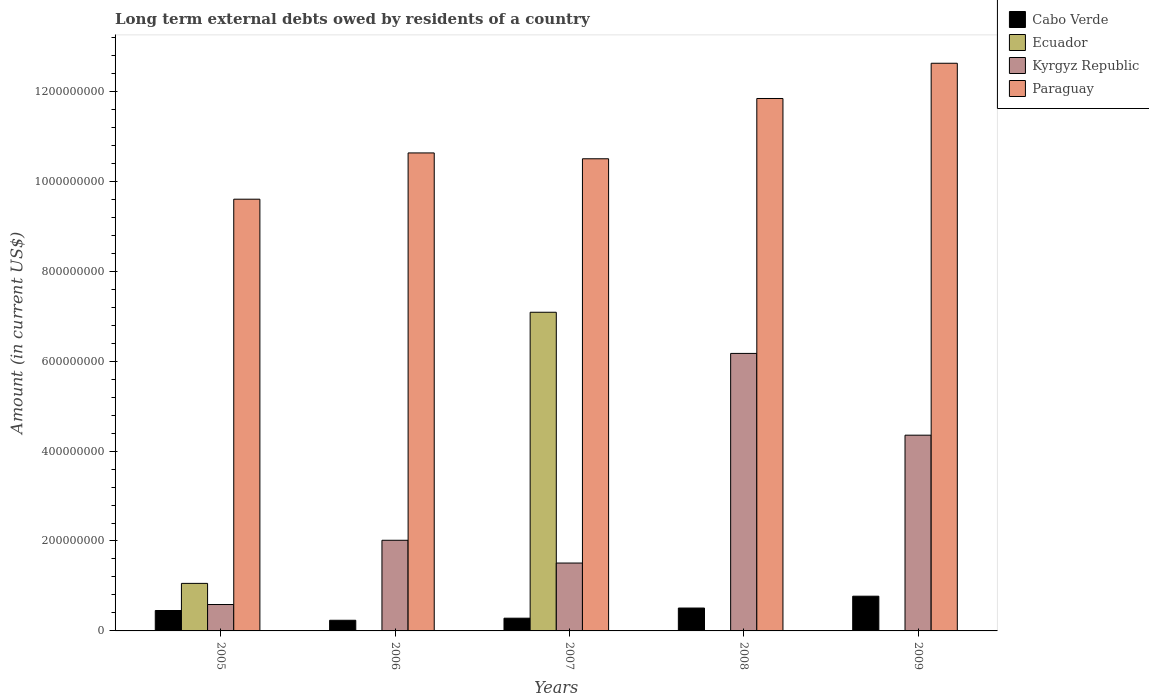
| Years | Cabo Verde | Ecuador | Kyrgyz Republic | Paraguay |
 | --- | --- | --- | --- | --- |
 | 2005 | 4.54e+07 | 1.06e+08 | 5.87e+07 | 9.6e+08 |
 | 2006 | 2.37e+07 | -2.4e+08 | 2.02e+08 | 1.06e+09 |
 | 2007 | 2.83e+07 | 7.09e+08 | 1.51e+08 | 1.05e+09 |
 | 2008 | 5.09e+07 | -1.15e+08 | 6.17e+08 | 1.18e+09 |
 | 2009 | 7.72e+07 | -3.01e+09 | 4.35e+08 | 1.26e+09 |